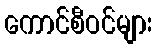
ကောင်စီဝင်များ